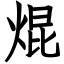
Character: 焜